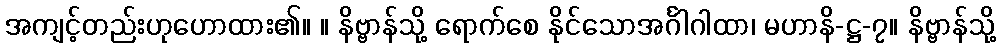
အကျင့်တည်းဟုဟောထား၏။ ။ နိဗ္ဗာန်သို့ ရောက်စေ နိုင်သောအင်္ဂါဂါထာ၊ မဟာနိ-ဋ္ဌ-၇။ နိဗ္ဗာန်သို့